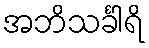
အဘိသင်္ခါရိ